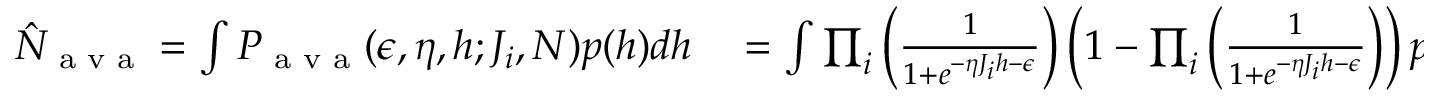
\begin{array} { r l } { \hat { N } _ { \textrm { a v a } } = \int P _ { \textrm { a v a } } ( \epsilon , \eta , h ; J _ { i } , N ) p ( h ) d h } & { { } = \int \prod _ { i } \left( \frac { 1 } { 1 + e ^ { - \eta J _ { i } h - \epsilon } } \right) \left( 1 - \prod _ { i } \left( \frac { 1 } { 1 + e ^ { - \eta J _ { i } h - \epsilon } } \right) \right) p ( h ) d h , } \end{array}